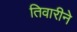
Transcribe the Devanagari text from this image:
तिवारीने